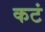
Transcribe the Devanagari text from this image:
कटं